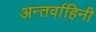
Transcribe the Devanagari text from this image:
अन्तर्वाहिनी